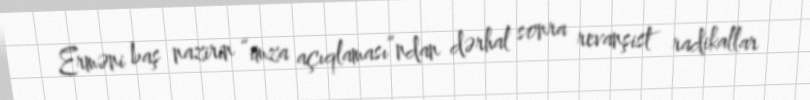
Erməni baş nazirin “imza açıqlaması”ndan dərhal sonra revanşist radikallar